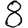
Digit: 8